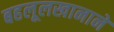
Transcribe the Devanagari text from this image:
बहलूलखानाने